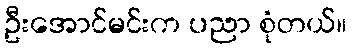
ဦးအောင်မင်းက ပညာ စုံတယ်။